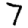
Digit: 7